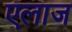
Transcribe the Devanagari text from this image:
एलाज